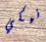
نيكي